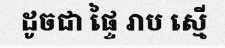
ដូចជា ផ្ទៃ រាប ស្មើ